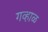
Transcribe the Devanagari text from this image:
गव्हाळ